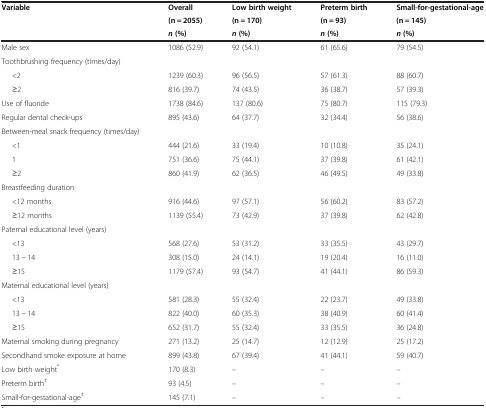
<table><thead><tr><td><b>Variable</b></td><td><b>Overall</b></td><td><b>Low birth weight</b></td><td><b>Preterm birth</b></td><td><b>Small-for-gestational-age</b></td></tr><tr><td><b> </b></td><td><b>(n = 2055)</b></td><td><b>(n = 170)</b></td><td><b>(n = 93)</b></td><td><b>(n = 145)</b></td></tr><tr><td><b> </b></td><td><b><i>n</i>(%)</b></td><td><b><i>n</i>(%)</b></td><td><b><i>n</i>(%)</b></td><td><b><i>n</i>(%)</b></td></tr></thead><tbody><tr><td>Male sex</td><td>1086 (52.9)</td><td>92 (54.1)</td><td>61 (65.6)</td><td>79 (54.5)</td></tr><tr><td>Toothbrushing frequency (times/day)</td><td> </td><td> </td><td> </td><td> </td></tr><tr><td>&lt;2</td><td>1239 (60.3)</td><td>96 (56.5)</td><td>57 (61.3)</td><td>88 (60.7)</td></tr><tr><td>≥2</td><td>816 (39.7)</td><td>74 (43.5)</td><td>36 (38.7)</td><td>57 (39.3)</td></tr><tr><td>Use of fluoride</td><td>1738 (84.6)</td><td>137 (80.6)</td><td>75 (80.7)</td><td>115 (79.3)</td></tr><tr><td>Regular dental check-ups</td><td>895 (43.6)</td><td>64 (37.7)</td><td>32 (34.4)</td><td>56 (38.6)</td></tr><tr><td>Between-meal snack frequency (times/day)</td><td> </td><td> </td><td> </td><td> </td></tr><tr><td>&lt;1</td><td>444 (21.6)</td><td>33 (19.4)</td><td>10 (10.8)</td><td>35 (24.1)</td></tr><tr><td>1</td><td>751 (36.6)</td><td>75 (44.1)</td><td>37 (39.8)</td><td>61 (42.1)</td></tr><tr><td>≥2</td><td>860 (41.9)</td><td>62 (36.5)</td><td>46 (49.5)</td><td>49 (33.8)</td></tr><tr><td>Breastfeeding duration</td><td> </td><td> </td><td> </td><td> </td></tr><tr><td>&lt;12 months</td><td>916 (44.6)</td><td>97 (57.1)</td><td>56 (60.2)</td><td>83 (57.2)</td></tr><tr><td>≥12 months</td><td>1139 (55.4)</td><td>73 (42.9)</td><td>37 (39.8)</td><td>62 (42.8)</td></tr><tr><td>Paternal educational level (years)</td><td> </td><td> </td><td> </td><td> </td></tr><tr><td>&lt;13</td><td>568 (27.6)</td><td>53 (31.2)</td><td>33 (35.5)</td><td>43 (29.7)</td></tr><tr><td>13 − 14</td><td>308 (15.0)</td><td>24 (14.1)</td><td>19 (20.4)</td><td>16 (11.0)</td></tr><tr><td>≥15</td><td>1179 (57.4)</td><td>93 (54.7)</td><td>41 (44.1)</td><td>86 (59.3)</td></tr><tr><td>Maternal educational level (years)</td><td> </td><td> </td><td> </td><td> </td></tr><tr><td>&lt;13</td><td>581 (28.3)</td><td>55 (32.4)</td><td>22 (23.7)</td><td>49 (33.8)</td></tr><tr><td>13 − 14</td><td>822 (40.0)</td><td>60 (35.3)</td><td>38 (40.9)</td><td>60 (41.4)</td></tr><tr><td>≥15</td><td>652 (31.7)</td><td>55 (32.4)</td><td>33 (35.5)</td><td>36 (24.8)</td></tr><tr><td>Maternal smoking during pregnancy</td><td>271 (13.2)</td><td>25 (14.7)</td><td>12 (12.9)</td><td>25 (17.2)</td></tr><tr><td>Secondhand smoke exposure at home</td><td>899 (43.8)</td><td>67 (39.4)</td><td>41 (44.1)</td><td>59 (40.7)</td></tr><tr><td>Low birth weight<sup>*</sup></td><td>170 (8.3)</td><td>–</td><td>–</td><td>–</td></tr><tr><td>Preterm birth<sup>†</sup></td><td>93 (4.5)</td><td>–</td><td>–</td><td>–</td></tr><tr><td>Small-for-gestational-age<sup>‡</sup></td><td>145 (7.1)</td><td>–</td><td>–</td><td>–</td></tr></tbody></table>